Indian journal of veterinary science and animal husbandry - Volume 4,
Year: 1934
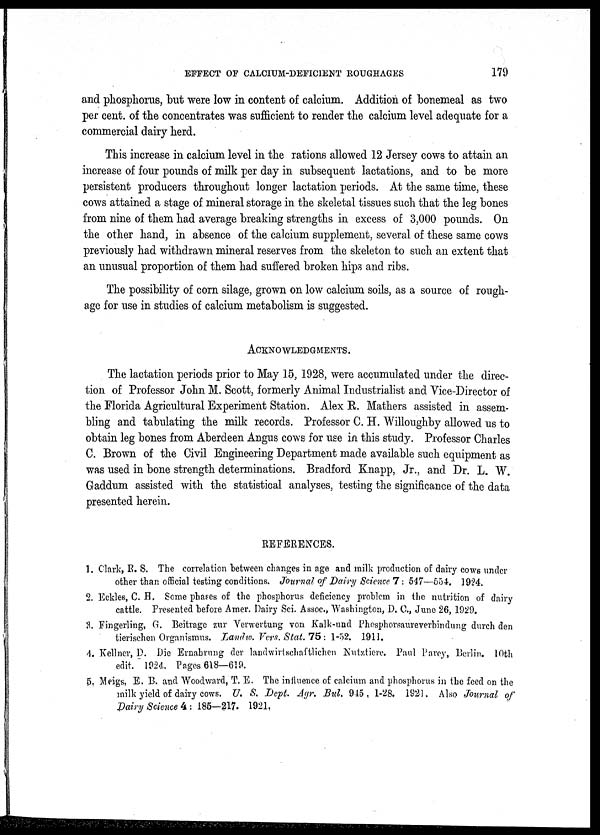
EFFECT OF CALCIUM-DEFICIENT ROUGHAGES
179
and phosphorus, but were low in content of calcium. Addition of bonemeal as two
per cent. of the concentrates was sufficient to render the calcium level adequate for a
commercial dairy herd.
This increase in calcium level in the rations allowed 12 Jersey cows to attain an
increase of four pounds of milk per day in subsequent lactations, and to be more
persistent producers throughout longer lactation periods. At the same time, these
cows attained a stage of mineral storage in the skeletal tissues such that the leg bones
from nine of them had average breaking strengths in excess of 3,000 pounds. On
the other hand, in absence of the calcium supplement, several of these same cows
previously had withdrawn mineral reserves from the skeleton to such an extent that
an unusual proportion of them had suffered broken hips and ribs.
The possibility of corn silage, grown on low calcium soils, as a source of rough-
age for use in studies of calcium metabolism is suggested.
ACKNOWLEDGMENTS.
The lactation periods prior to May 15, 1928, were accumulated under the direc-
tion of Professor John M. Scott, formerly Animal Industrialist and Vice-Director of
the Florida Agricultural Experiment Station. Alex R. Mathers assisted in assem-
bling and tabulating the milk records. Professor C. H. Willoughby allowed us to
obtain leg bones from Aberdeen Angus cows for use in this study. Professor Charles
C. Brown of the Civil Engineering Department made available such equipment as
was used in bone strength determinations. Bradford Knapp, Jr., and Dr. L. W.
Gaddum assisted with the statistical analyses, testing the significance of the data
presented herein.
REFERENCES.
1. Clark, R. S. The correlation between changes in age and milk production of dairy cows under
other than official testing conditions. Journal of Dairy Science 7 : 547—554. 1924.
2. Eckles, C. H. Some phases of the phosphorus deficiency problem in the nutrition of dairy
cattle. Presented before Amer. Dairy Sci. Assoc., Washington, D. C., June 26, 1929.
3. Fingerling, G. Beitrage zur Verwertung von Kalk-und Phosphorsaureverbindung durch den
tierischen Organismus. Landw. Vers. Stat. 75: 1-52. 1911.
4. Kellner, D. Die Ernahrung der landwirtschaftlichen Nutztiere. Paul Parey, Berlin. 10th
edit. 1924. Pages 618—619.
5. Meigs, E. B. and Woodward, T. E. The influence of calcium and phosphorus in the feed on the
milk yield of dairy cows. U. S. Dept. Agr. Bul. 945. 1-28. 1921. Also Journal of
Dairy Science 4: 185—217. 1921.